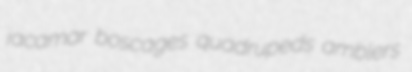
jacamar boscages quadrupeds amblers